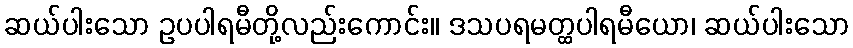
ဆယ်ပါးသော ဥပပါရမီတို့လည်းကောင်း။ ဒသပရမတ္ထပါရမီယော၊ ဆယ်ပါးသော